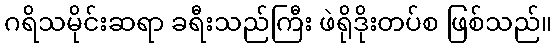
ဂရိသမိုင်းဆရာ ခရီးသည်ကြီး ဖဲရိုဒိုးတပ်စ ဖြစ်သည်။